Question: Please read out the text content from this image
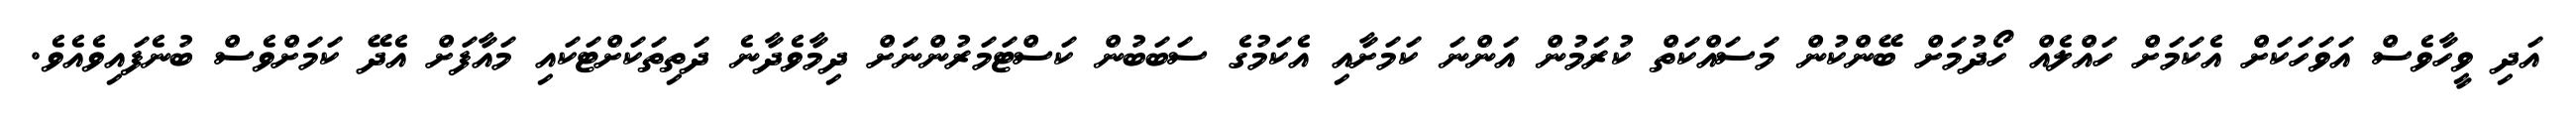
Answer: އަދި ވީހާވެސް އަވަހަކަށް އެކަމަށް ހައްލެއް ހޯދުމަށް ބޭންކުން މަސައްކަތް ކުރަމުން އަންނަ ކަމަށާއި އެކަމުގެ ސަބަބުން ކަސްޓަމަރުންނަށް ދިމާވެދާނެ ދަތިތަކަށްޓަކައި މައާފަށް އެދޭ ކަމަށްވެސް ބުނެފައިވެއެވެ.